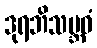
ဒုရဘိသမ္ဘဝံ